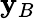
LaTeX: \mathbf{y}_{B}